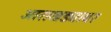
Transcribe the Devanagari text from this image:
आराखड्यावर